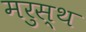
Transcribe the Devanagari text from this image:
मरुस्थ